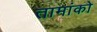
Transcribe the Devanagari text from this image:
तामांको